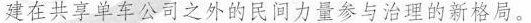
建在共享单车公司之外的民间力量参与治理的新格局。